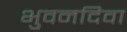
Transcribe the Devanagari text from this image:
भुवनदिवा